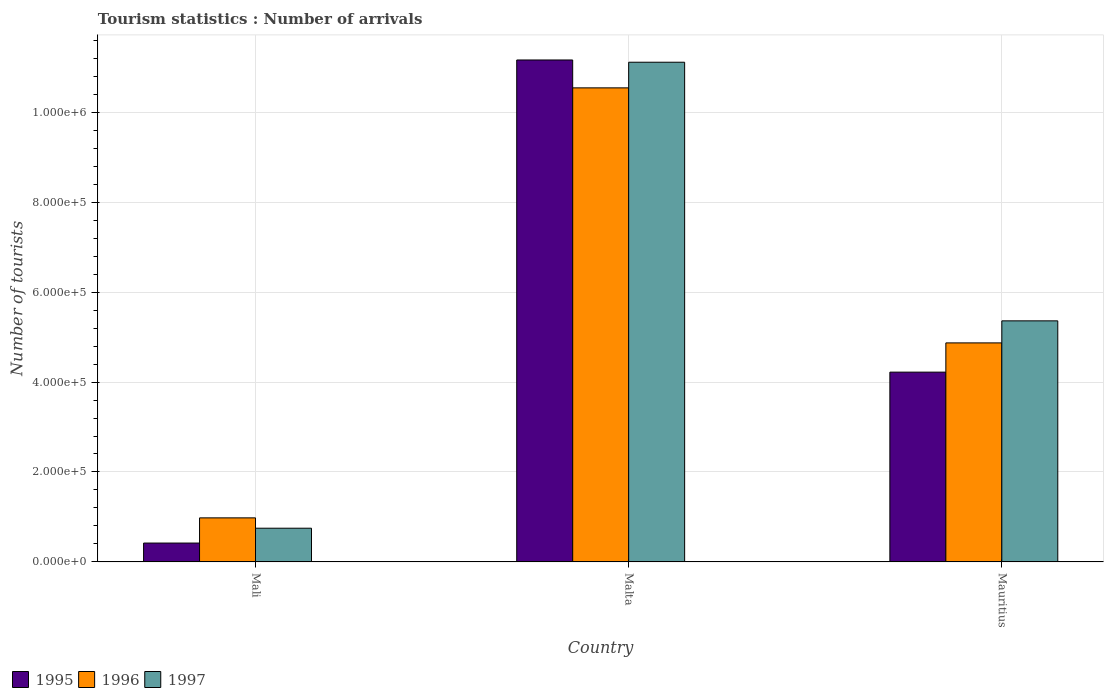
| Country | 1995 | 1996 | 1997 |
 | --- | --- | --- | --- |
 | Mali | 4.2e+04 | 9.8e+04 | 7.5e+04 |
 | Malta | 1.12e+06 | 1.05e+06 | 1.11e+06 |
 | Mauritius | 4.22e+05 | 4.87e+05 | 5.36e+05 |